38_143685_box_Incident_Summaries_101-172
Agency: Department of War
Page 73
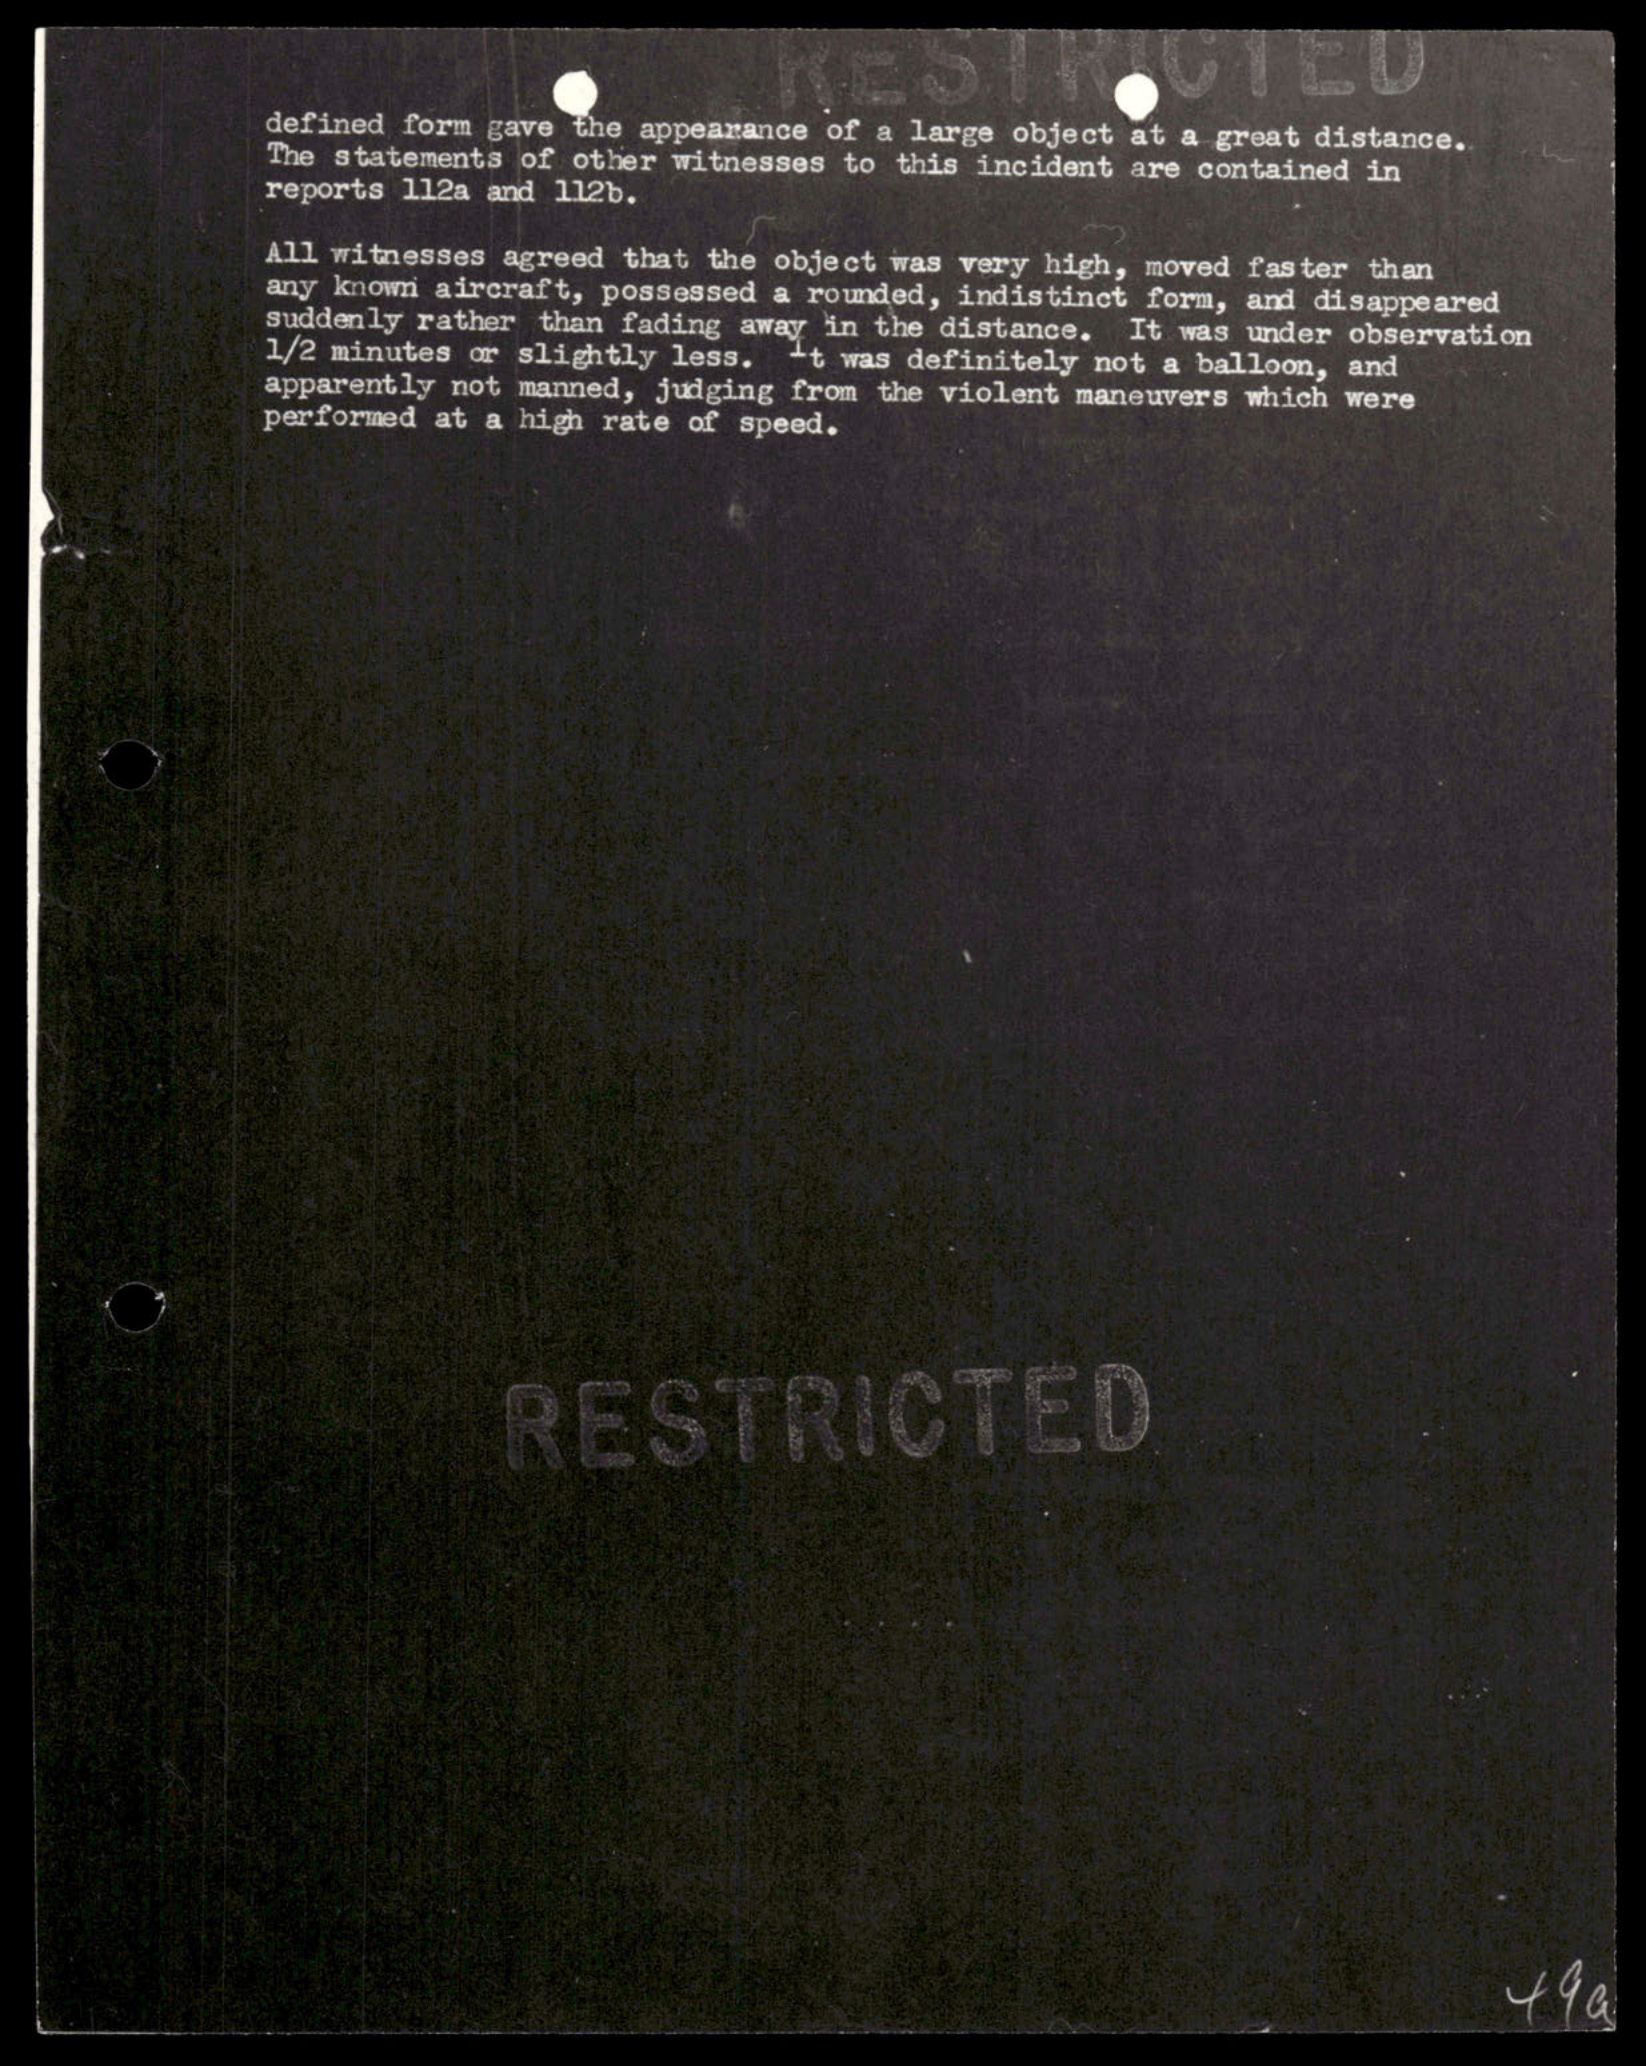